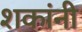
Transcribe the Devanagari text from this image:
शकांनी